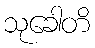
သုခေါတိ